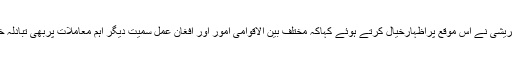
شاہ محمودقریشی نے اس موقع پراظہارخیال کرتے ہوئے کہاکہ مختلف بین الاقوامی امور اور افغان عمل سمیت دیگر اہم معاملات پربھی تبادلہ خیال کیا گیا۔